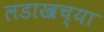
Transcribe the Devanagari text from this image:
लडाखच्या